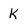
Character: k